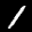
Digit: 1